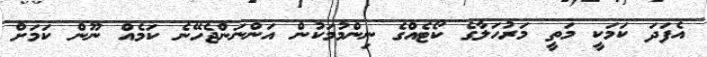
އެފަދަ ކަމަކީ މަތީ މަރުހަލާގެ ކޯޓެއްގެ ނިންމުމަކުން އަންނަންޖެހޭނެ ކަމެއް ނޫން ކަމަށް